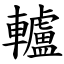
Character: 轤